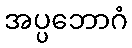
အပ္ပဘောဂံ